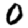
Digit: 0